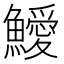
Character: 鱫